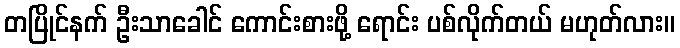
တပြိုင်နက် ဦးသာခေါင် ကောင်းစားဖို့ ရောင်း ပစ်လိုက်တယ် မဟုတ်လား။